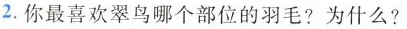
2.你最喜欢翠鸟哪个部位的羽毛？为什么？